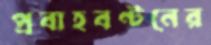
প্রবাহবণ্টনের